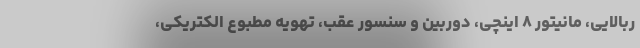
ربالایی، مانیتور ۸ اینچی، دوربین و سنسور عقب، تهویه مطبوع الکتریکی،